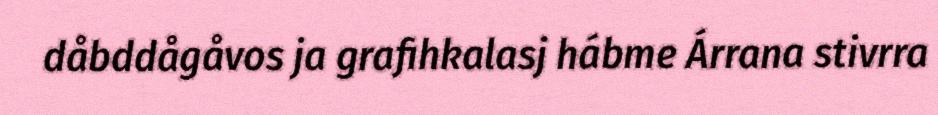
dåbddågåvos ja grafihkalasj hábme Árrana stivrra